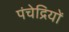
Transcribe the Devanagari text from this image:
पंचेद्रियों